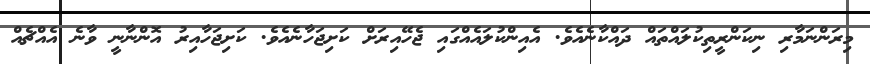
މިރަންނަމާރި ނިކަންރީތިކުލައްތައް ދައްކާނެއެވެ. އެއިންކުލައެއްގައި ޖެހޭއިރަށް ކަށިޖަހާނެއެވެ. ކަށިޖަހާއިރު އޮންނާނީ ވާނެ އެއްޗެއް